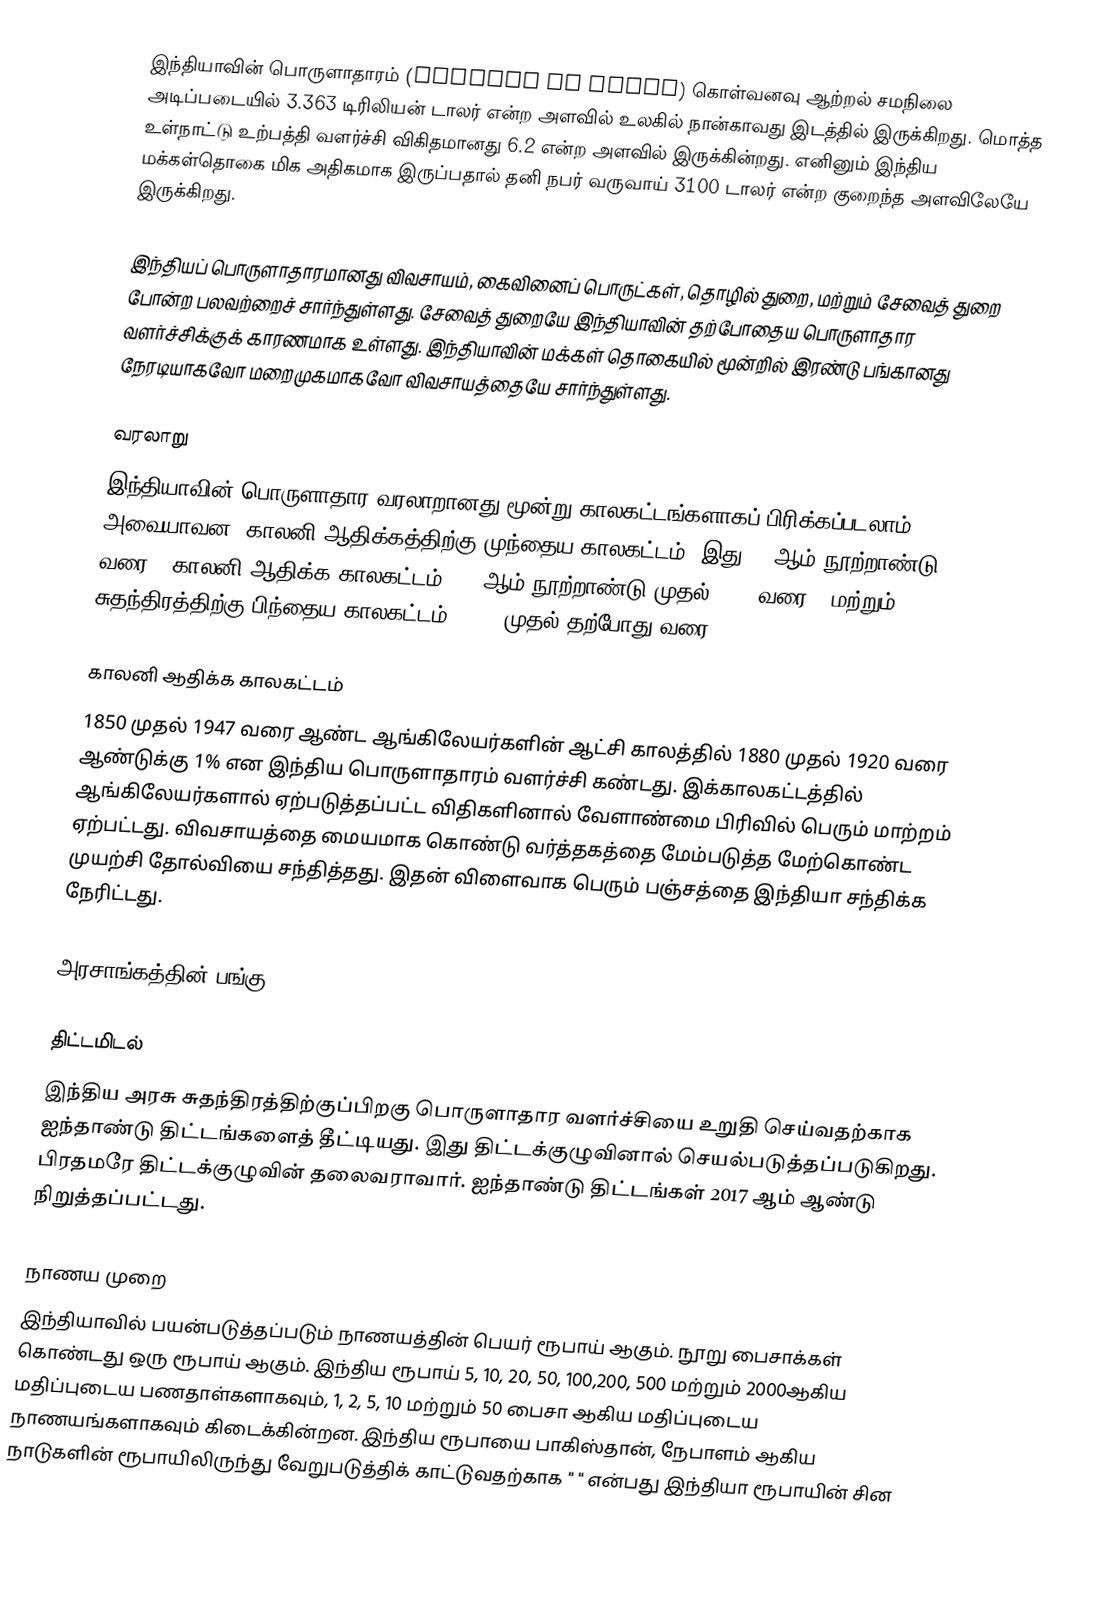
இந்தியாவின் பொருளாதாரம் (Economy of India) கொள்வனவு ஆற்றல் சமநிலை அடிப்படையில் 3.363 டிரிலியன் டாலர் என்ற அளவில் உலகில் நான்காவது இடத்தில் இருக்கிறது. மொத்த உள்நாட்டு உற்பத்தி வளர்ச்சி விகிதமானது 6.2 என்ற அளவில் இருக்கின்றது. எனினும் இந்திய மக்கள்தொகை மிக அதிகமாக இருப்பதால் தனி நபர் வருவாய் 3100 டாலர் என்ற குறைந்த அளவிலேயே இருக்கிறது.

இந்தியப் பொருளாதாரமானது விவசாயம், கைவினைப் பொருட்கள், தொழில் துறை, மற்றும் சேவைத் துறை போன்ற பலவற்றைச் சார்ந்துள்ளது. சேவைத் துறையே இந்தியாவின் தற்போதைய பொருளாதார வளர்ச்சிக்குக் காரணமாக உள்ளது. இந்தியாவின் மக்கள் தொகையில் மூன்றில் இரண்டு பங்கானது நேரடியாகவோ மறைமுகமாகவோ விவசாயத்தையே சார்ந்துள்ளது.

வரலாறு
இந்தியாவின் பொருளாதார வரலாறானது மூன்று காலகட்டங்களாகப் பிரிக்கப்படலாம். அவையாவன: காலனி ஆதிக்கத்திற்கு முந்தைய காலகட்டம் (இது 17-ஆம் நூற்றாண்டு வரை), காலனி ஆதிக்க காலகட்டம் (17-ஆம் நூற்றாண்டு முதல் 1947 வரை), மற்றும் சுதந்திரத்திற்கு பிந்தைய காலகட்டம் (1947 முதல் தற்போது வரை).

காலனி ஆதிக்க காலகட்டம்
1850 முதல் 1947 வரை ஆண்ட ஆங்கிலேயர்களின் ஆட்சி காலத்தில் 1880 முதல் 1920 வரை ஆண்டுக்கு 1% என இந்திய பொருளாதாரம் வளர்ச்சி கண்டது. இக்காலகட்டத்தில் ஆங்கிலேயர்களால் ஏற்படுத்தப்பட்ட விதிகளினால் வேளாண்மை பிரிவில் பெரும் மாற்றம் ஏற்பட்டது. விவசாயத்தை மையமாக கொண்டு வர்த்தகத்தை மேம்படுத்த மேற்கொண்ட முயற்சி தோல்வியை சந்தித்தது. இதன் விளைவாக பெரும் பஞ்சத்தை இந்தியா சந்திக்க நேரிட்டது.

அரசாங்கத்தின் பங்கு

திட்டமிடல்
இந்திய அரசு சுதந்திரத்திற்குப்பிறகு பொருளாதார வளர்ச்சியை உறுதி செய்வதற்காக ஐந்தாண்டு திட்டங்களைத் தீட்டியது. இது திட்டக்குழுவினால் செயல்படுத்தப்படுகிறது. பிரதமரே திட்டக்குழுவின் தலைவராவார். ஐந்தாண்டு திட்டங்கள் 2017 ஆம் ஆண்டு நிறுத்தப்பட்டது.

நாணய முறை
இந்தியாவில் பயன்படுத்தப்படும் நாணயத்தின் பெயர் ரூபாய் ஆகும். நூறு பைசாக்கள் கொண்டது ஒரு ரூபாய் ஆகும். இந்திய ரூபாய்  5, 10, 20, 50, 100,200, 500 மற்றும் 2000ஆகிய மதிப்புடைய பணதாள்களாகவும், 1, 2, 5, 10 மற்றும் 50 பைசா ஆகிய மதிப்புடைய நாணயங்களாகவும் கிடைக்கின்றன. இந்திய ரூபாயை பாகிஸ்தான், நேபாளம் ஆகிய நாடுகளின் ரூபாயிலிருந்து வேறுபடுத்திக் காட்டுவதற்காக "  " என்பது இந்தியா ரூபாயின் சின